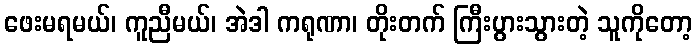
ဖေးမရမယ်၊ ကူညီမယ်၊ အဲဒါ ကရုဏာ၊ တိုးတက် ကြီးပွားသွားတဲ့ သူကိုတော့